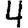
Digit: 4